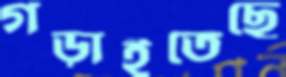
গড়াইতেছে